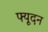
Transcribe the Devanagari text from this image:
फ्यूदन